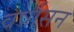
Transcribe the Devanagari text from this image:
वर्षासन